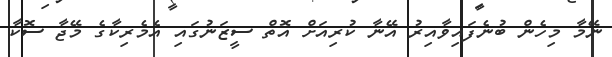
ނޭމާ މިހެން ބުނެފައިވާއިރު އޭނާ ކުރިއަށް އޮތް ސީޒަނުގައި އެމެރިކާގެ މޭޖާ ސޮކާ